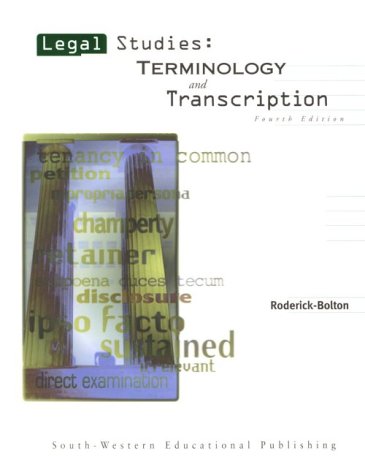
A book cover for Legal Studies: Terminology and Transcription; Wanda Roderick-Bolton; Law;